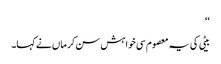
‘‘
بیٹی کی یہ معصوم سی خواہش سن کر ماں نے کہا۔